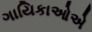
ગાયિકાઓએ